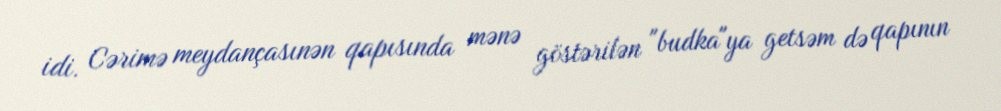
idi. Cərimə meydançasınən qapısında mənə göstərilən "budka"ya getsəm də qapının